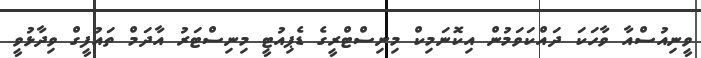
ވީނިއުސްއާ ވާހަކަ ދައްކަވަމުން އިކޮނަމިކް މިނިސްޓްރީގެ ޑެޕިއުޓީ މިނިސްޓަރު އާދަމް ތައުފީގް ވިދާޅުވީ